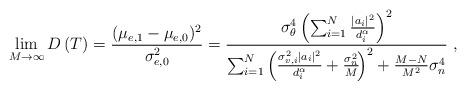
LaTeX: \begin{align*}\lim_{M\to\infty}D\left(T\right)=\frac{(\mu_{e,1}-\mu_{e,0})^2}{\sigma_{e,0}^2}=\frac{\sigma_{\theta}^4\left(\sum_{i=1}^N\frac{|a_i|^2}{d_i^{\alpha}}\right)^2}{\sum_{i=1}^N\left(\frac{\sigma_{v,i}^2|a_i|^2}{d_i^{\alpha}}+\frac{\sigma_n^2}{M}\!\right)^2+\frac{M-N}{M^2}\sigma_n^4}\;,\end{align*}